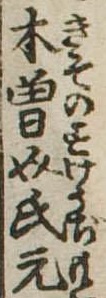
木曽介氏元